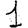
Digit: 1